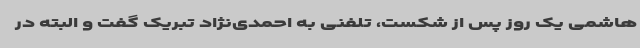
هاشمی یک روز پس از شکست، تلفنی به احمدی‌نژاد تبریک گفت و البته در